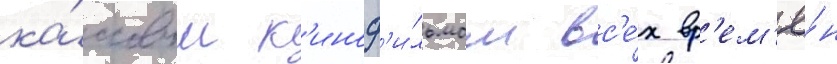
ка́ссовым к'иноф'и́льмом вс'е́х вр'ем'ё́н